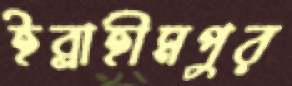
ইব্রাহীমপুর